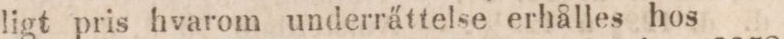
ligt pris hvarom underrättelse erhålles hos